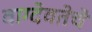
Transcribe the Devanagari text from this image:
वाग्देवतेचे